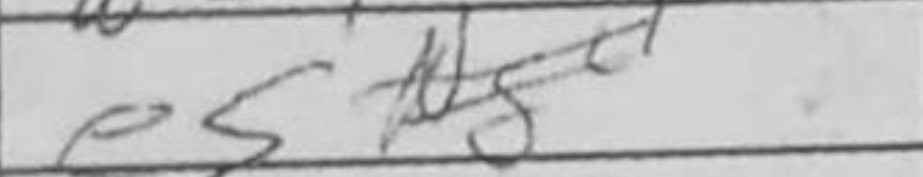
Transcription: e5